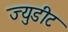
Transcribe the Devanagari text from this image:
ज्युडीट